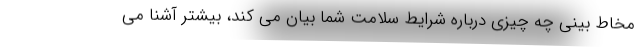
مخاط بینی چه چیزی درباره شرایط سلامت شما بیان می کند، بیشتر آشنا می